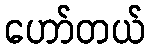
ဟော်တယ်